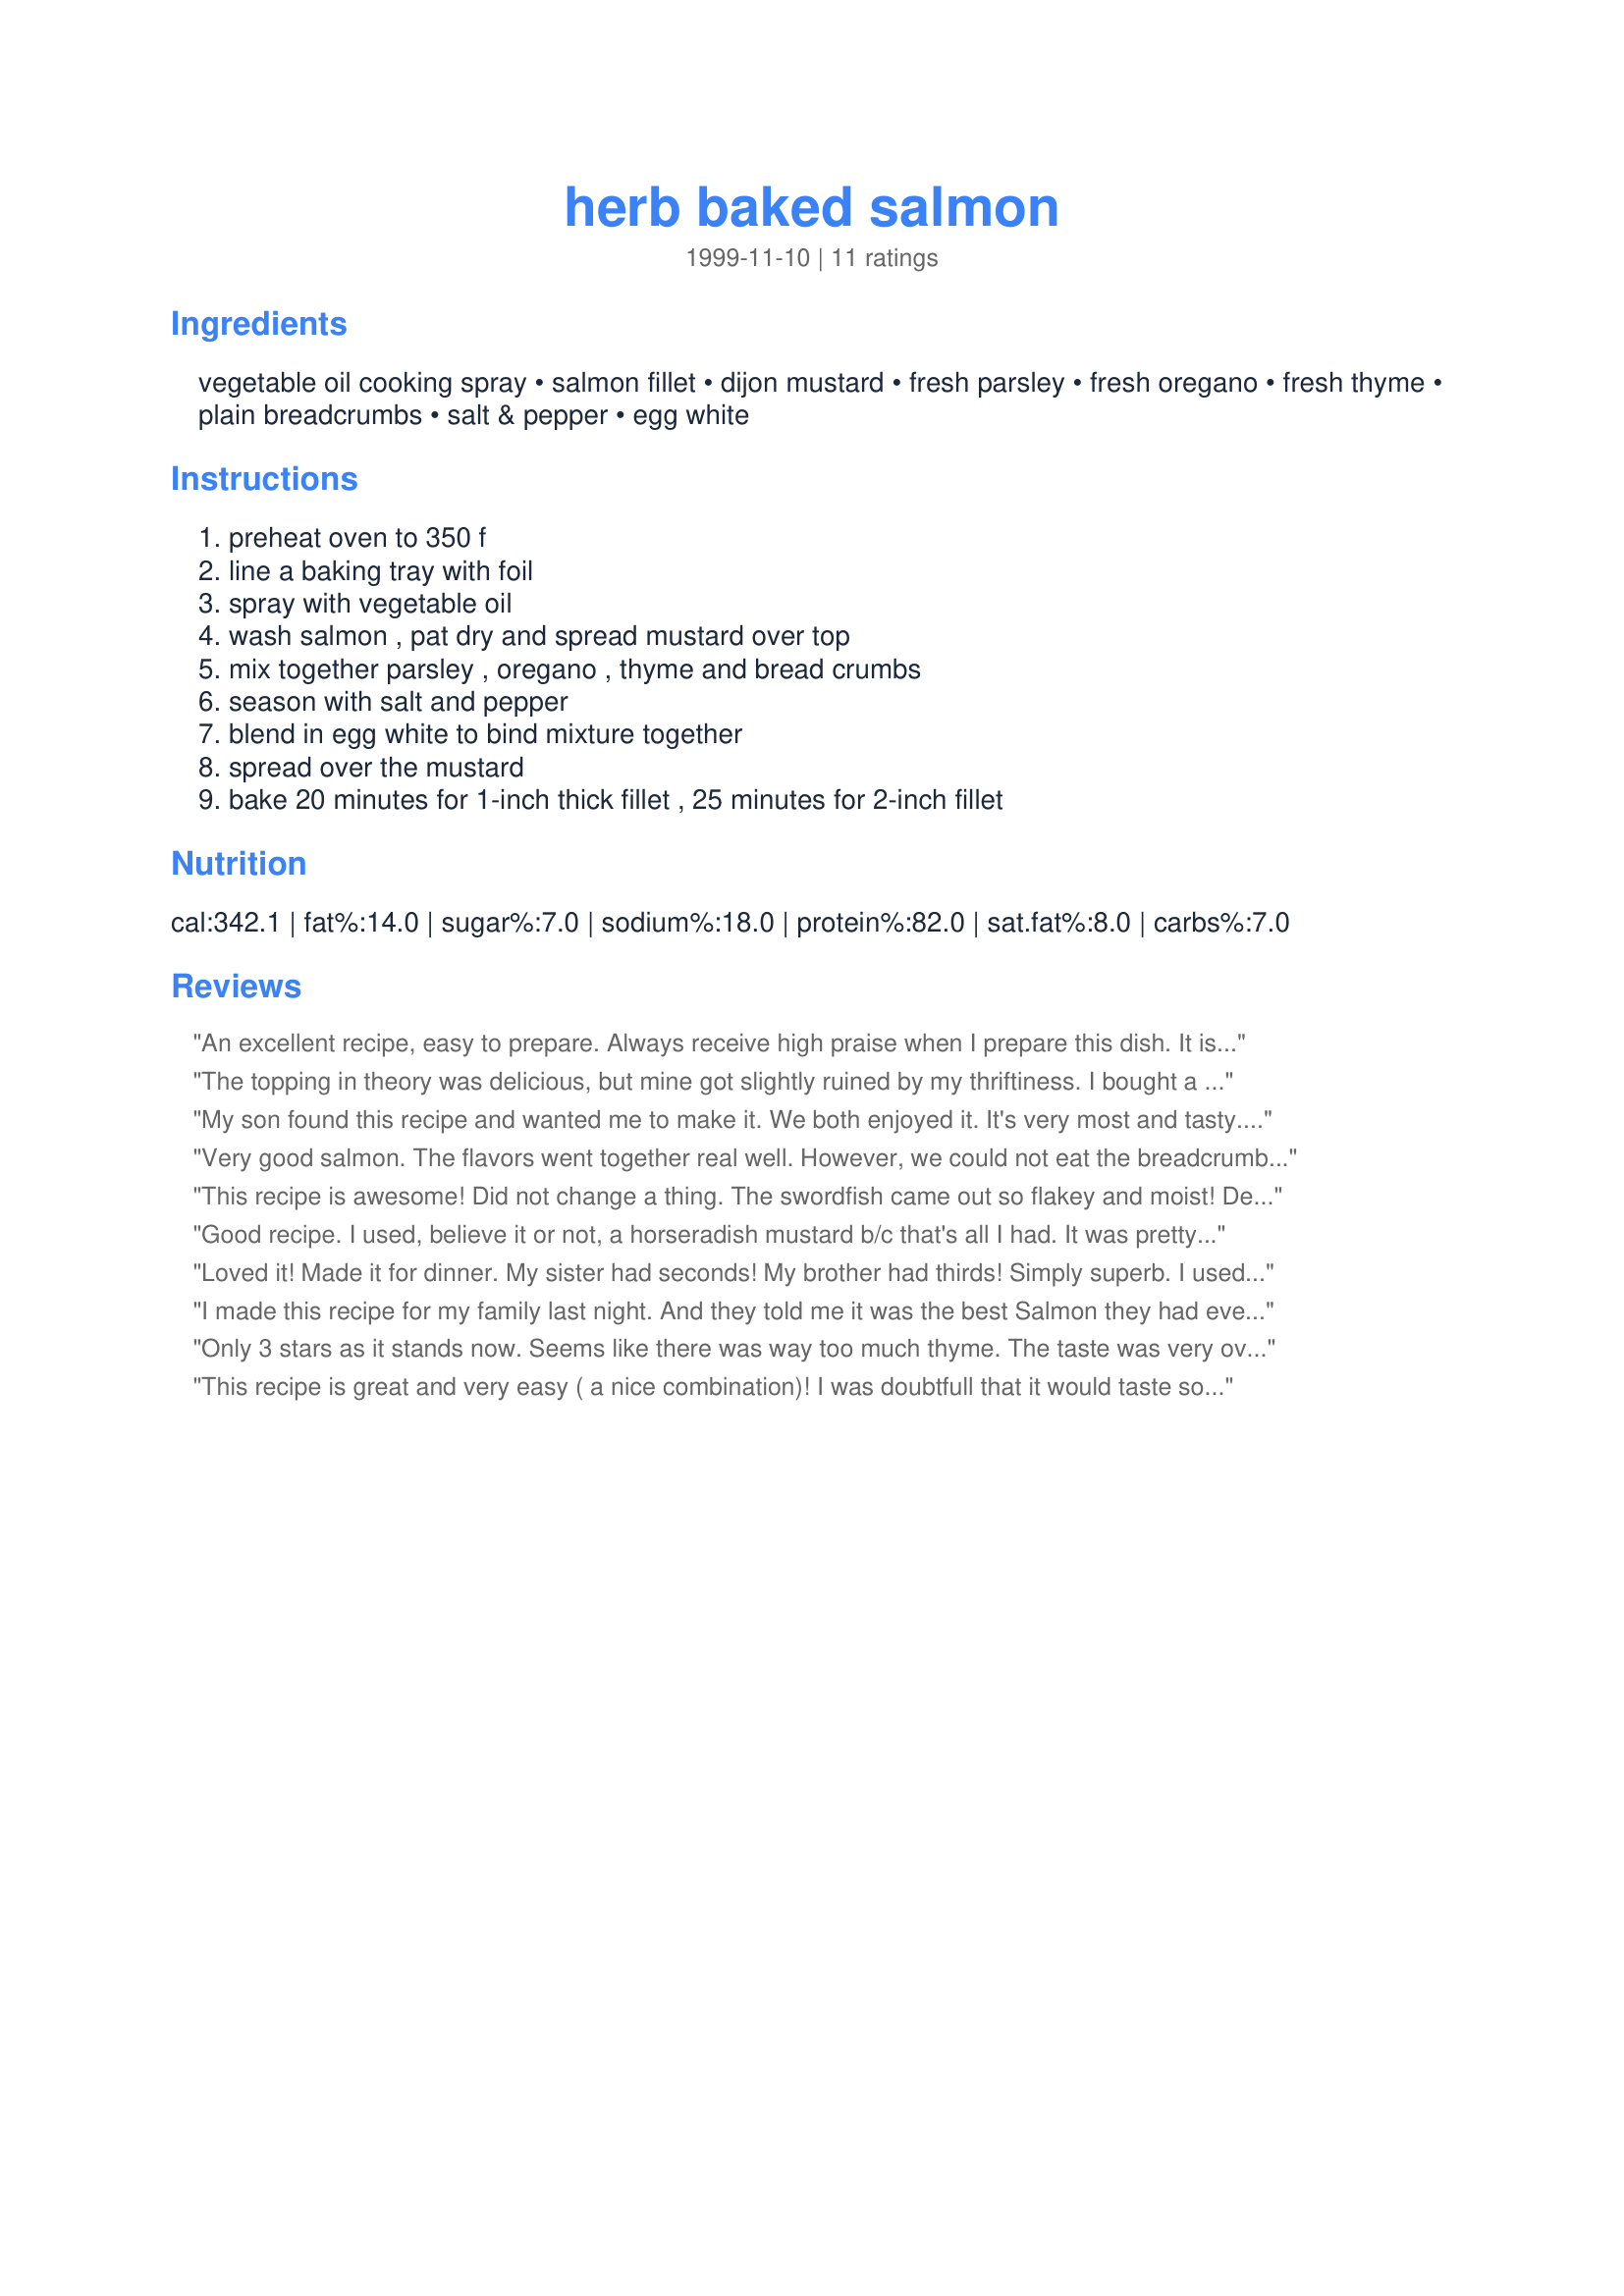
herb baked salmon
Preparation time: 0 minutes

Ingredients:
vegetable oil cooking spray, salmon fillet, dijon mustard, fresh parsley, fresh oregano, fresh thyme, plain breadcrumbs, salt & pepper, egg white

Steps:
preheat oven to 350 f, line a baking tray with foil, spray with vegetable oil, wash salmon , pat dry and spread mustard over top, mix together parsley , oregano , thyme and bread crumbs, season with salt and pepper, blend in egg white to bind mixture together, spread over the mustard, bake 20 minutes for 1-inch thick fillet , 25 minutes for 2-inch fillet

Reviews:
An excellent recipe, easy to prepare. Always receive high praise when I prepare this dish. It is an interesting change from the usual grilled or baked salmon, well worth a try!
The topping in theory was delicious, but mine got slightly ruined by my thriftiness. I bought a dijon mustand and used it without trying it first. BIG MISTAKE! The mustard itself was extremely salty and on top of that I had added more salt to the fish- making my whole dish salty! I love the concept and will retry this at some point with a brand name dijon mustard.
My son found this recipe and wanted me to make it. We both enjoyed it. It's very most and tasty. And simple to put together. Thanks for sharing!
Very good salmon. The flavors went together real well. However, we could not eat the breadcrumb mixture. It was too pungent. That was probably my fault tho. I had to substitute ground thyme for the dried. I added less than 1/2 t., but it was too much. We scraped the breadcrumbs off and ate the whole thing. Will try this one again.
This recipe is awesome! Did not change a thing. The swordfish came out so flakey and moist! Definite keeper here! Thanks so much Helen.
Good recipe. I used, believe it or not, a horseradish mustard b/c that's all I had. It was pretty darn good! I like horseradish as a rule, so don't try that one if you're not a fan. Thanks Helen!
Loved it! Made it for dinner. My sister had seconds! My brother had thirds! Simply superb. I used more mustard, and it tasted perfect! Definitly going to make this again. And its so simple and healthy.
I made this recipe for my family last night. And they told me it was the best Salmon they had ever tasted. So I'm letting everyone know.. Make this for your family and they might just volunteer to do the dishes. Mine did. Thanks Helen.
Only 3 stars as it stands now. Seems like there was way too much thyme. The taste was very overpowering. Will half the amount of thyme if I make it again.
This recipe is great and very easy ( a nice combination)! I was doubtfull that it would taste so good - a nice mix of flavours. We are salmon lovers so I'm sure this recipe will be used often, always nice to have a fresh new taste on the table! Thanks!
This was wonderfully original. I consider it a very healthy alternative to fish sticks. It was easy to make as well, although I omitted the fresh herbs and used preseasoned bread crumbs instead.
